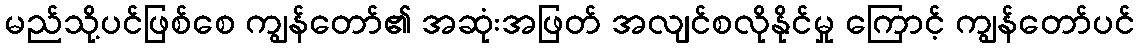
မည်သို့ပင်ဖြစ်စေ ကျွန်တော်၏ အဆုံးအဖြတ် အလျင်စလိုနိုင်မှု ကြောင့် ကျွန်တော်ပင်